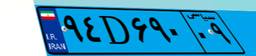
۹۴D۶۹۰۰۹